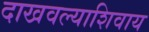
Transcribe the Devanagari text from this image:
दाखवल्याशिवाय